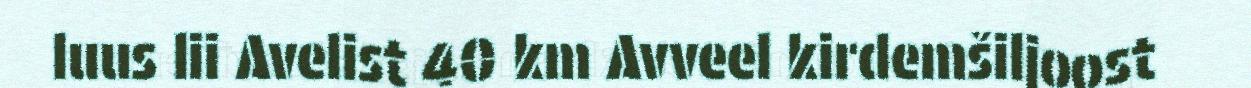
luus lii Avelist 40 km Avveel kirdemšiljoost